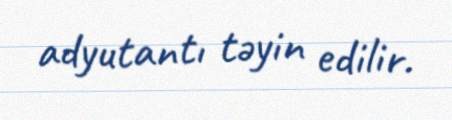
adyutantı təyin edilir.